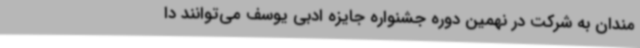
‌مندان به شرکت در نهمین دوره جشنواره جایزه ادبی یوسف می‌توانند دا